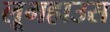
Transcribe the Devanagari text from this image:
लूमहाउस